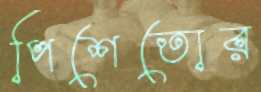
পিশেতোর